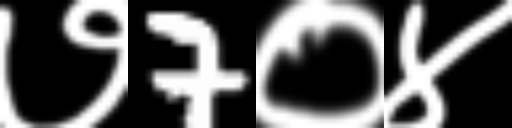
Text: ७7०४